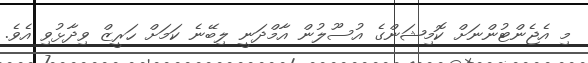
މި އެޖެންޓުންނަށް ކޮމިޝަންގެ އުސޫލުން އާމްދަނީ ލިބޭނެ ކަމަށް ހަރީޒް ވިދާޅުވި އެވެ.